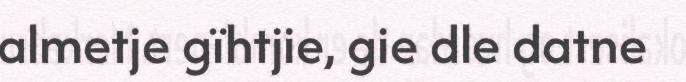
almetje gïhtjie, gie dle datne